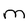
Character: M